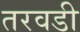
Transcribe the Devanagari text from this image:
तरवडी